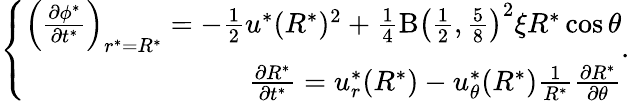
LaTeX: \left\{ \begin{array}{r}{\left(\frac{\partial\phi^{*}}{\partial t^{*}}\right)_{r^{*}=R^{*}}=-\frac{1}{2}u^{*}(R^{*})^{2}+\frac{1}{4}\mathrm{B}\left(\frac{1}{2},\frac{5}{8}\right)^{2}\xi R^{*}\cos\theta}\\ {\frac{\partial R^{*}}{\partial t^{*}}=u_{r}^{*}(R^{*})-u_{\theta}^{*}(R^{*})\frac{1}{R^{*}}\frac{\partial R^{*}}{\partial\theta}}\end{array}\right..